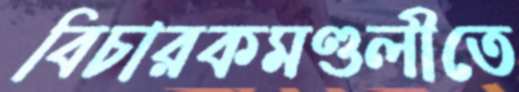
বিচারকমণ্ডলীতে